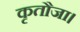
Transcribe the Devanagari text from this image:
कृतौजा।